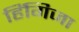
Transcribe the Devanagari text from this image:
हिंगिजा